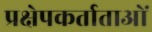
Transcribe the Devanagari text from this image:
प्रक्षेपकर्ताताओं